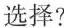
选择？